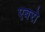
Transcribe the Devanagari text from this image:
एबरो